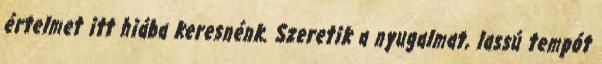
értelmet itt hiába keresnénk. Szeretik a nyugalmat, lassú tempót